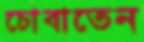
চোবাতেন